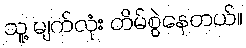
သူ့ မျက်လုံး တိမ်စွဲနေတယ်။